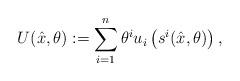
LaTeX: \begin{align*}U(\hat{x},\theta):=\sum_{i=1}^n \theta^i u_i\left(s^i(\hat{x},\theta)\right),\end{align*}